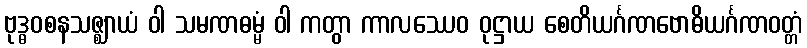
ဗုဒ္ဓဝစနသဇ္ဈာယံ ဝါ သမဏဓမ္မံ ဝါ ကတွာ ကာလဿေဝ ဝုဋ္ဌာယ စေတိယင်္ဂဏဗောဓိယင်္ဂဏဝတ္တံ